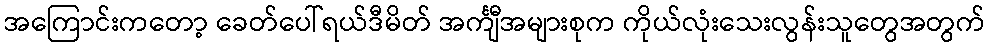
အကြောင်းကတော့ ခေတ်ပေါ်ရယ်ဒီမိတ် အင်္ကျီအများစုက ကိုယ်လုံးသေးလွန်းသူတွေအတွက်